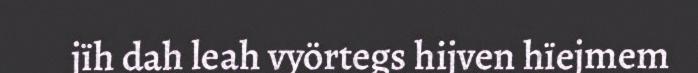
jïh dah leah vyörtegs hijven hïejmem